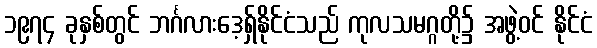
၁၉၇၄ ခုနှစ်တွင် ဘင်္ဂလားဒေ့ရှ်နိုင်ငံသည် ကုလသမဂ္ဂတို့၌ အဖွဲ့ဝင် နိုင်ငံ